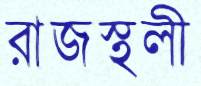
রাজস্থলী